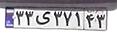
۳۳ی۳۷۱۴۳